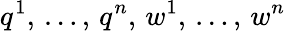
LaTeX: \displaystyle q^{1},\, \ldots,\, q^{n},\, w^{1},\, \ldots,\, w^{n}